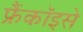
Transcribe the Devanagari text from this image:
फ्रैंकॉइसे